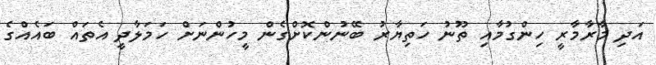
އަދި މާރާމާރީ ހިންގުމާއި ތޫނު ހަތިޔާރު ބޭނުންކޮށްގެން މީހުންނަށް ހަމަލާދީ އެތައް ބައެއްގެ